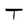
Character: T